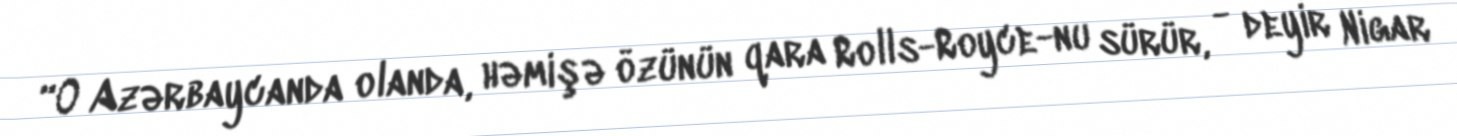
“O Azərbaycanda olanda, həmişə özünün qara Rolls-Royce-nu sürür, - deyir Nigar